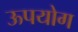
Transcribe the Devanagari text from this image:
ऊपयोग